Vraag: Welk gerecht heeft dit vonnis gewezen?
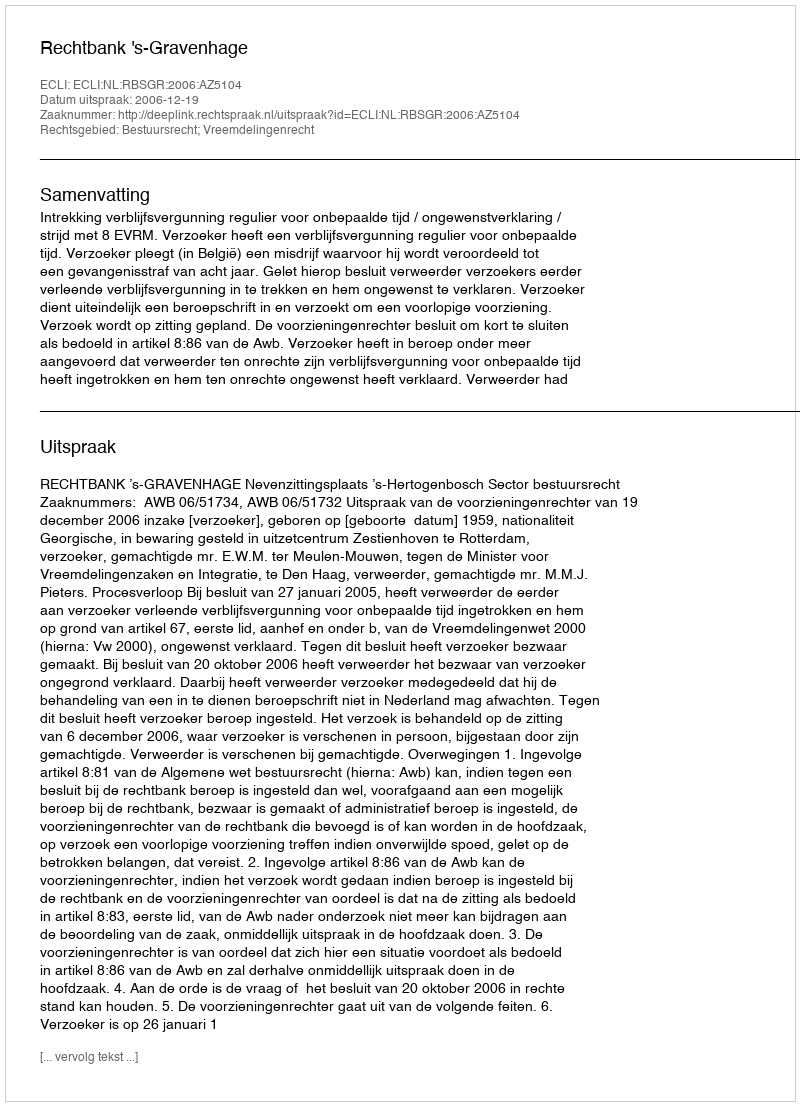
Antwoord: Rechtbank 's-Gravenhage